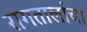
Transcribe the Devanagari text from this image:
रागतालांचा